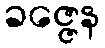
ခဇ္ဇေန